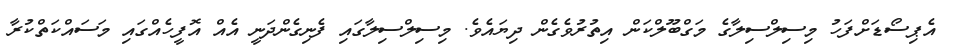
އެޕިސޯޑަށްފަހު މިސިލްސިލާގެ މަގްބޫލްކަން އިތުރުވެގެން ދިޔައެވެ. މިސިލްސިލާގައި ފެނިގެންދަނީ އެއް އޮފީހެއްގައި މަސައްކަތްކުރާ